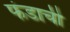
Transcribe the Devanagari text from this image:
फंडाची